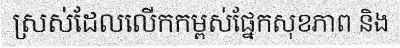
ស្រស់ដែលលើកកម្ពស់ផ្នែកសុខភាព និង